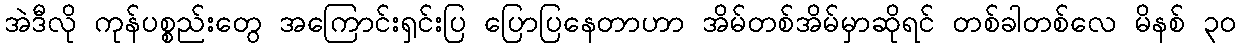
အဲဒီလို ကုန်ပစ္စည်းတွေ အကြောင်းရှင်းပြ ပြောပြနေတာဟာ အိမ်တစ်အိမ်မှာဆိုရင် တစ်ခါတစ်လေ မိနစ် ၃၀